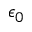
\epsilon _ { 0 }